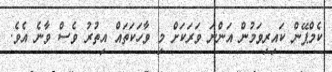
ކެމްޕޭން ކައިރިވަމުން އަންނަ ވަރަކަށް މި ވާހަކަތައް އިތުރު ވެސް ވާނެ އެވެ.